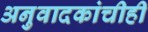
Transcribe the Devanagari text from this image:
अनुवादकांचीही